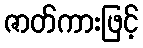
ဇာတ်ကားဖြင့်